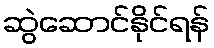
ဆွဲဆောင်နိုင်ရန်